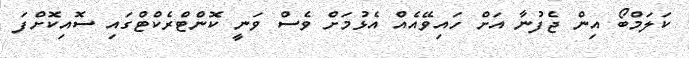
ކަލަމްބޯ އިން ޖެފުނާ އަށް ހައިވޭއެއް އެޅުމަށް ވެސް ވަނީ ކޮންޓްރެކްޓްގައި ސޮއިކޮށްފަ